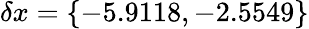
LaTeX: \delta x=\{ -5.9118,-2.5549\}